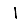
Digit: 1